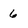
Character: 6